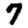
Digit: 7